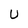
Character: U